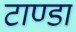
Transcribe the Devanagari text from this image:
टाण्‍डा